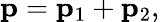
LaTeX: {\mathbf p}={\mathbf p}_{1}+{\mathbf p_{2}},